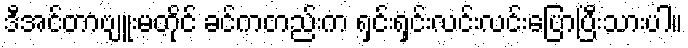
ဒီအင်တာဗျူးမတိုင် ခင်ကတည်းက ရှင်းရှင်းလင်းလင်းပြောပြီးသားပါ။